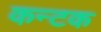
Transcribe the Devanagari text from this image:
कन्टक